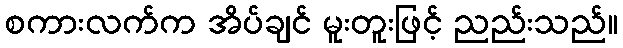
စကားလက်က အိပ်ချင် မူးတူးဖြင့် ညည်းသည်။